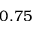
0 . 7 5